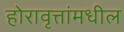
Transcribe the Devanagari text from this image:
होरावृत्तांमधील